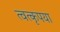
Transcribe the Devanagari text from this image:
त्वत्कृपया